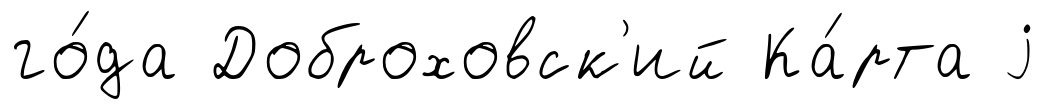
го́да Доброховск'ий Ка́рта j